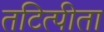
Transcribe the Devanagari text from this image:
तटित्पीता